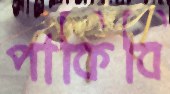
পাকিবি